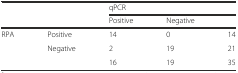
<table><thead><tr><td></td><td></td><td colspan="3"><b>qPCR</b></td></tr><tr><td></td><td></td><td><b>Positive</b></td><td><b>Negative</b></td><td></td></tr></thead><tbody><tr><td>RPA</td><td>Positive</td><td>14</td><td>0</td><td>14</td></tr><tr><td></td><td>Negative</td><td>2</td><td>19</td><td>21</td></tr><tr><td></td><td></td><td>16</td><td>19</td><td>35</td></tr></tbody></table>